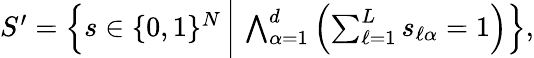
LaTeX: \begin{array}{r}{S^{\prime}=\left\{ s\in\{ 0,1\} ^{N}\, \bigg|\, \bigwedge_{\alpha=1}^{d}\left(\sum_{\ell=1}^{L}s_{\ell\alpha}=1\right)\right\} ,}\end{array}